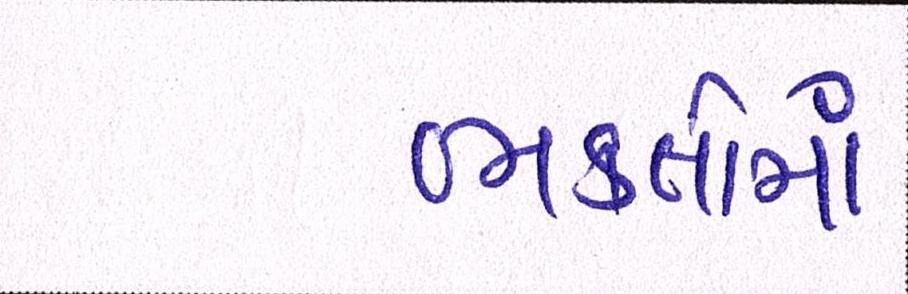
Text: ભકતોમાં